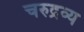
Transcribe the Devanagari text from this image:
चरुद्रव्य